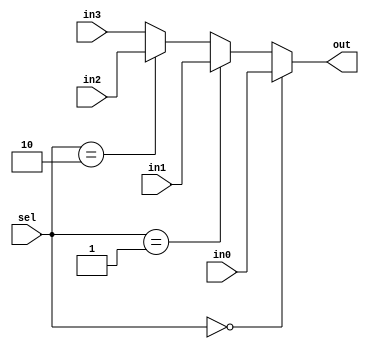
module mux_4to1_32bit (out, in0, in1, in2,in3, sel);
input [31:0] in0;
input [31:0] in1;
input [31:0] in2;
input [31:0] in3;
input [1:0] sel;
output [31:0] out;

assign out = (sel == 2'b00) ? in0 : (sel == 2'b01) ? in1 : (sel == 2'b10) ? in2 : in3;

endmodule